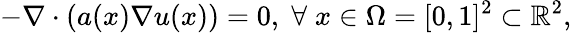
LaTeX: -\nabla\cdot\left(a(x)\nabla u(x)\right)=0,\; \forall\; x\in\Omega=[0,1]^{2}\subset\mathbb{R}^{2},